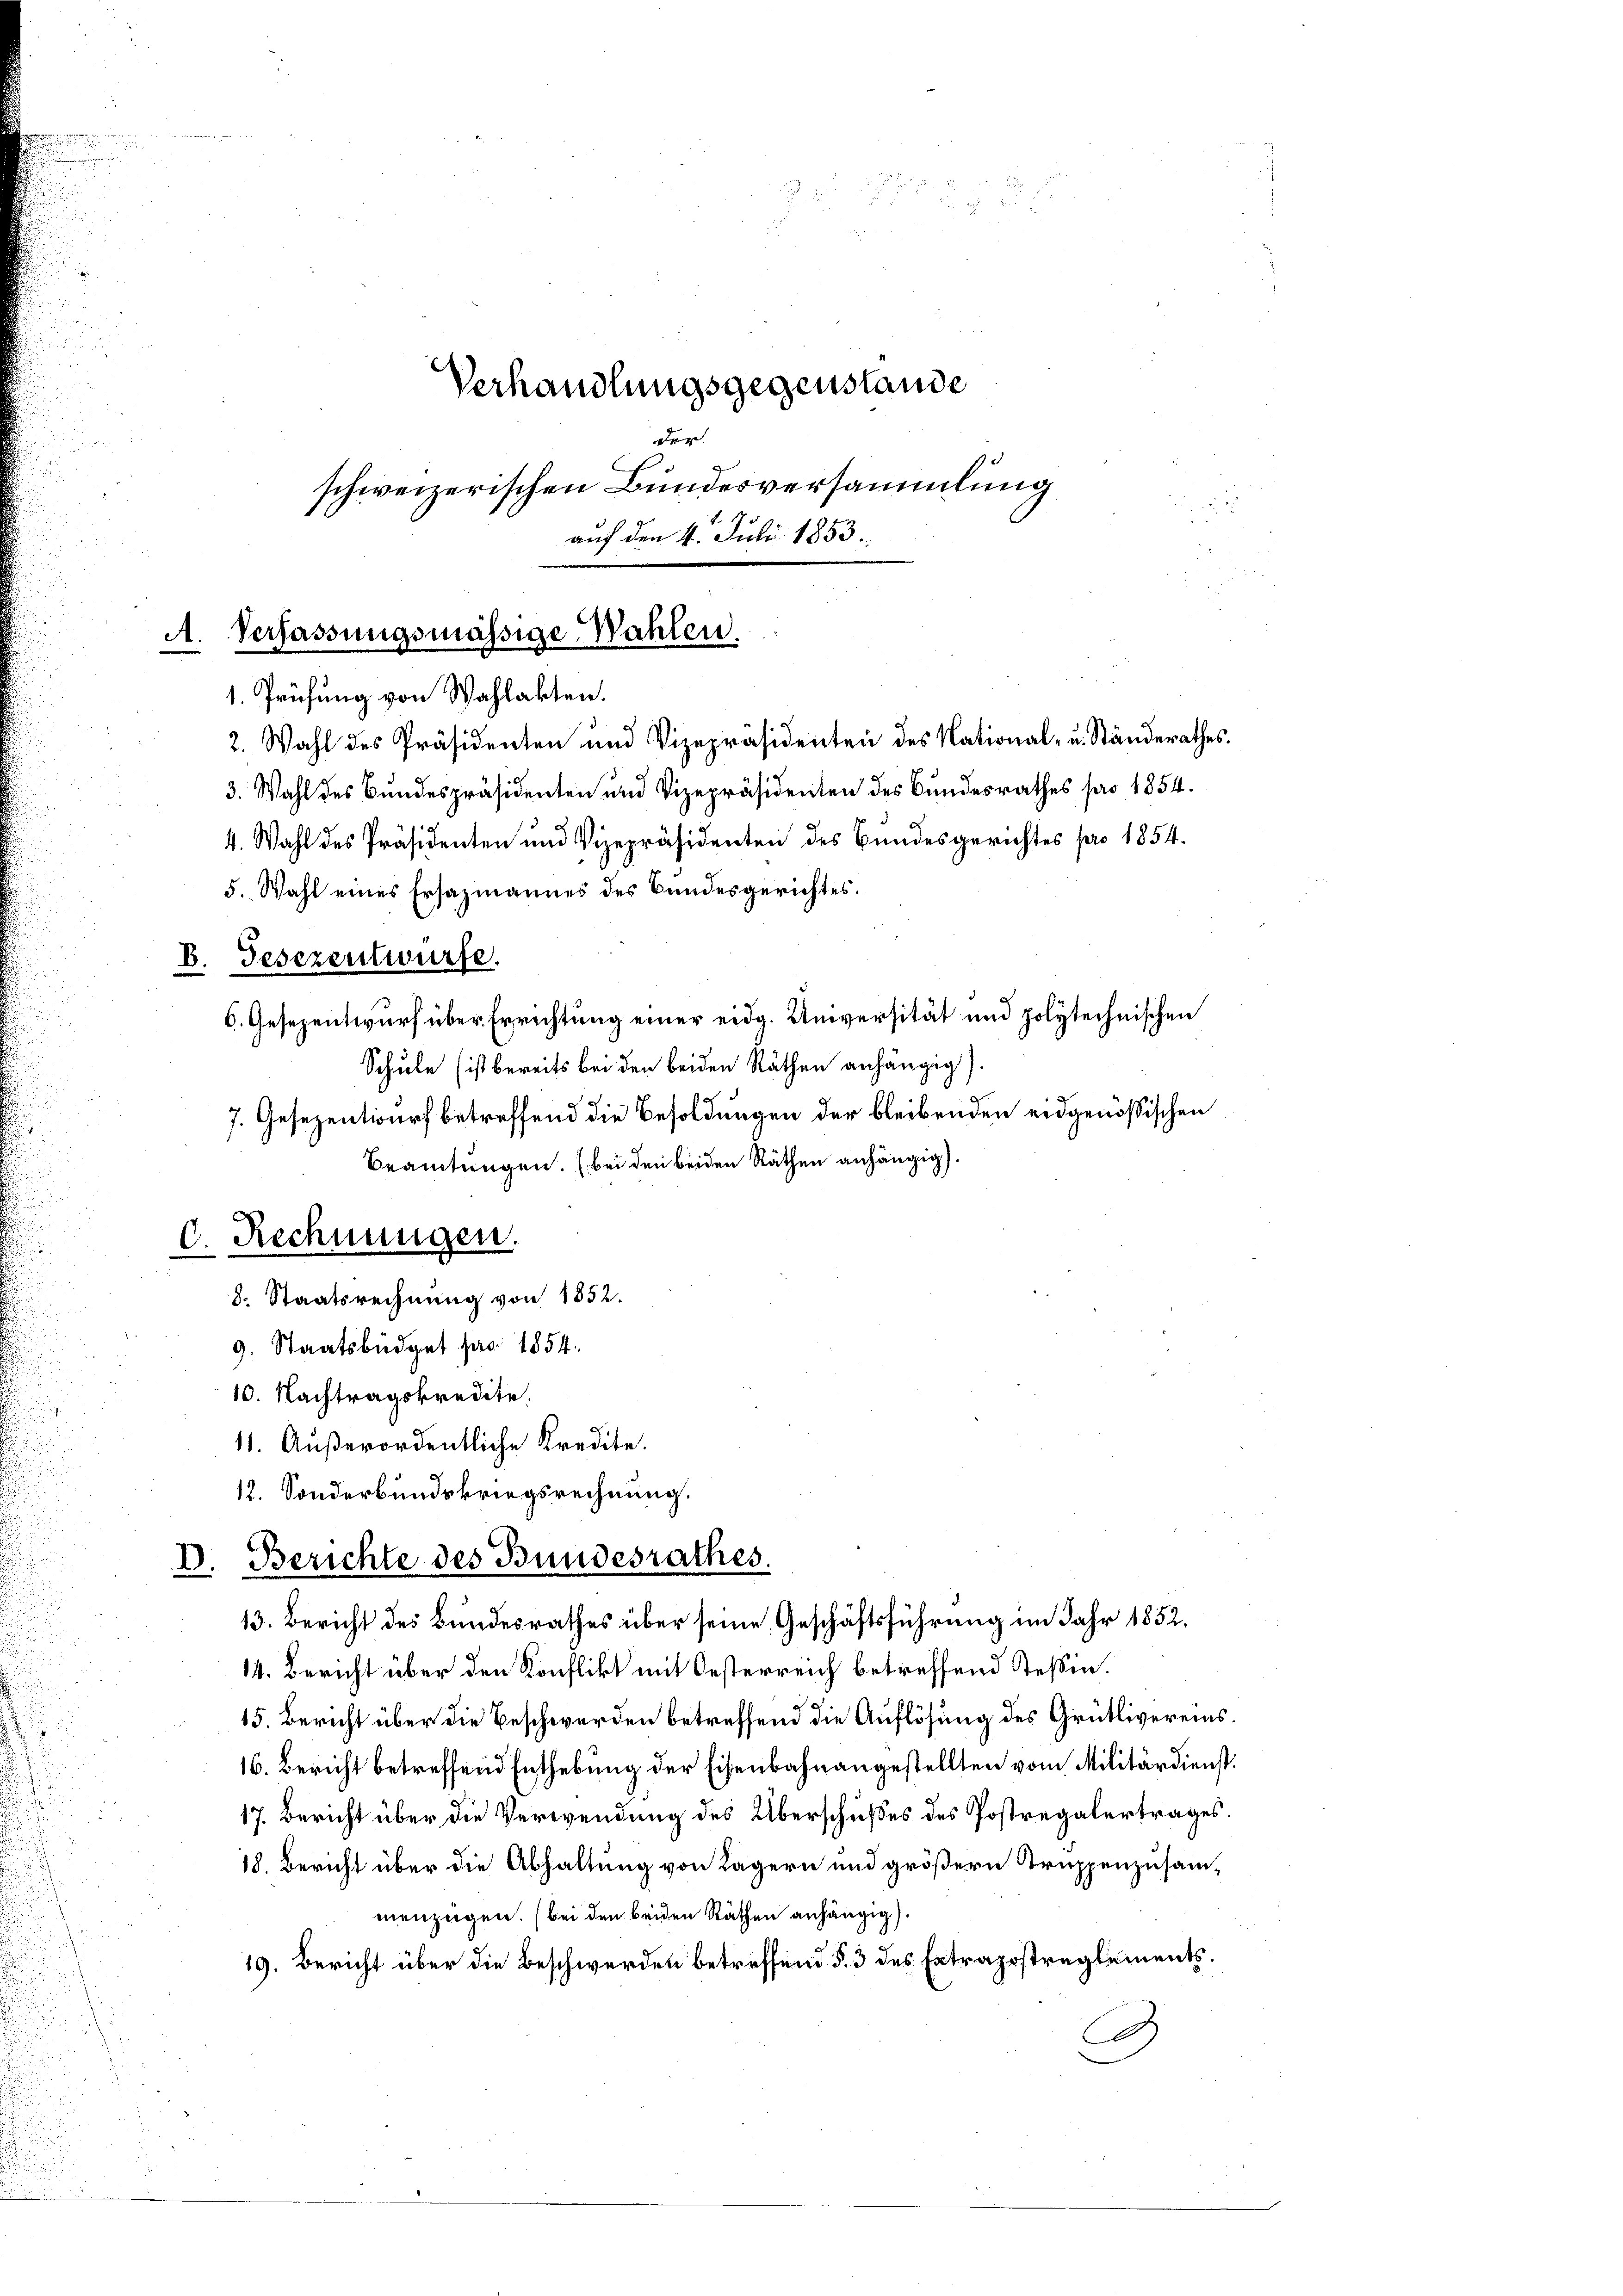
A. Verfassungsmässige Wahlen.
1. Prüfung von Wahlakten.

B.

.

Verhandlungsgegenstande
deg
schweizerischen Bundesversammlung
auf den 4. Juli 1853.

4. Wahl des Präsidenten und Vizepräsidenten des Bundesgerichtes pro 1854.
5. Wahl eines Ersazmannes des Bundesgerichtes.
Gesezentwürfe.
C. Gesezentwurf über Errichtung einer eidg. Universität und polytechnischen

2. Wahl des Präsidenten und Vizepräsidenten des National- u. Ständerathes.
3. Wahl des Bundespräsidenten und Vizepräsidenten des Bundesrathes pro 1854.
Schule ist bereits bei den beiden Räthen anhängig)
7. Gesezentwurf betreffend die Besoldungen der bleibenden eidgenössischen
Beamtungen. (bei den beiden Räthen anhängig
C. Rechnungen.
8. Staatsrechnung von 1852.
9. Staatsbüdget pro 1854.
10. Nachtragskredite.
11. Außerordentliche Kredite.
12. Sonderbundskriegsrechnung.

14. Bericht über den Konflikt mit Oesterreich betreffend Teßin.
15. Bericht über die Beschwerden betreffend die Auflösung des Grütlivereins¬
16. Bericht betreffend Enthebung der Eisenbahnangestellten vom Militärdienst.
17. Bericht über die Verwendung des Überschußes des Postregalertrages.
18. Bericht über die Abhaltung von Lagern und größern Truppenzusammenzügen. (bei den beiden Räthen anhängig)
19. Bericht über die Beschwerden betreffend § 3 des Ertragsstreglements.
G

6
II. Berichte des Bundesrathes.
13. Bericht des Bundesrathes über seine Geschäftsführung im Jahr 1852.